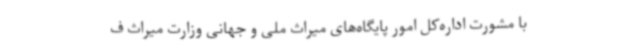
با مشورت اداره‌کل امور پایگاه‌های میراث ملی و جهانی وزارت میراث ف